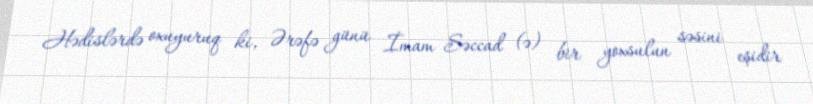
Hədislərdə oxuyuruq ki, Ərəfə günü İmam Səccad (ə) bir yoxsulun səsini eşidir